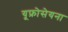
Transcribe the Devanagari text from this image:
यूफ्रोसेयना